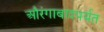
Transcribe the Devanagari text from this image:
औरंगाबादपर्यंत